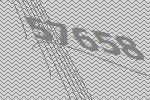
57658